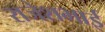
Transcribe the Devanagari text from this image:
राजेशभाई